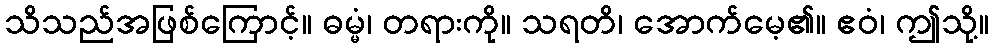
သိသည်အဖြစ်ကြောင့်။ ဓမ္မံ၊ တရားကို။ သရတိ၊ အောက်မေ့၏။ ဧဝံ၊ ဤသို့။